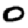
Digit: 0